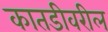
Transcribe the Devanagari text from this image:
कातडीवरील